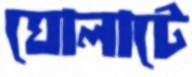
ঘোলাটে